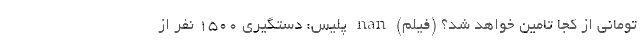
تومانی از کجا تامین خواهد شد؟ (فیلم) nan پلیس: دستگیری 1500 نفر از